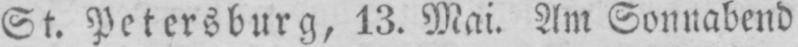
St. Petersburg, 13. Mai. Am Sonnabend